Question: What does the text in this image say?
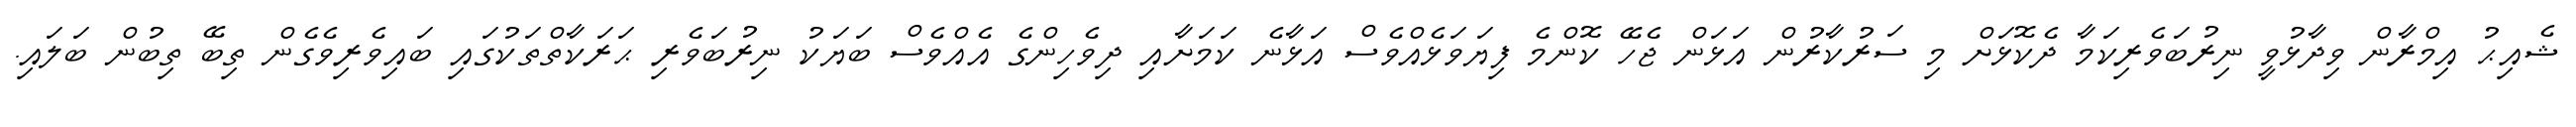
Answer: ޝެއިޙު އިމްރާން ވިދާޅުވީ ނިރުބަވެރިކަމާ ދެކޮޅަށް މި ސަރުކާރުން އަޅަން ޖެހޭ ކޮންމެ ފިޔަވަޅެއްވެސް އަޅާނެ ކަމަށާއި ދިވެހިންގެ އެއްވެސް ބަޔަކު ނިރުބަވެރި ޙަރަކާތްތަކުގައި ބައިވެރިވެގެން ތިބޭ ތިބުން ބަލައި.